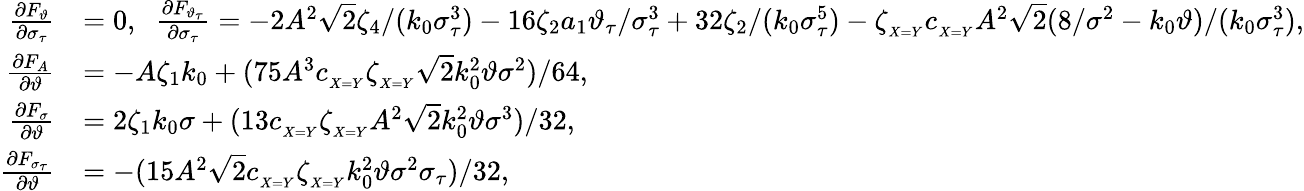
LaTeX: \begin{array}{rl}{\frac{\partial F_{\vartheta}}{\partial\sigma_{\tau}}}&{=0,\; \; \frac{\partial F_{\vartheta_{\tau}}}{\partial\sigma_{\tau}}=-2A^{2}\sqrt{2}\zeta_{4}/(k_{0}\sigma_{\tau}^{3})-16\zeta_{2}a_{1}\vartheta_{\tau}/\sigma_{\tau}^{3}+32\zeta_{2}/(k_{0}\sigma_{\tau}^{5})-\zeta_{_{X=Y}}c_{_{X=Y}}A^{2}\sqrt{2}(8/\sigma^{2}-k_{0}\vartheta)/(k_{0}\sigma_{\tau}^{3}),}\\ {\frac{\partial F_{A}}{\partial\vartheta}}&{=-A\zeta_{1}k_{0}+(75A^{3}c_{_{X=Y}}\zeta_{_{X=Y}}\sqrt{2}k_{0}^{2}\vartheta\sigma^{2})/64,}\\ {\frac{\partial F_{\sigma}}{\partial\vartheta}}&{=2\zeta_{1}k_{0}\sigma+(13c_{_{X=Y}}\zeta_{_{X=Y}}A^{2}\sqrt{2}k_{0}^{2}\vartheta\sigma^{3})/32,}\\ {\frac{\partial F_{\sigma_{\tau}}}{\partial\vartheta}}&{=-(15A^{2}\sqrt{2}c_{_{X=Y}}\zeta_{_{X=Y}}k_{0}^{2}\vartheta\sigma^{2}\sigma_{\tau})/32,}\end{array}